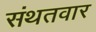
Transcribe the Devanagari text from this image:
संथतवार